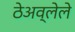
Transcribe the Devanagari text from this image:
ठेअव्लेले